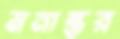
মনান্তর